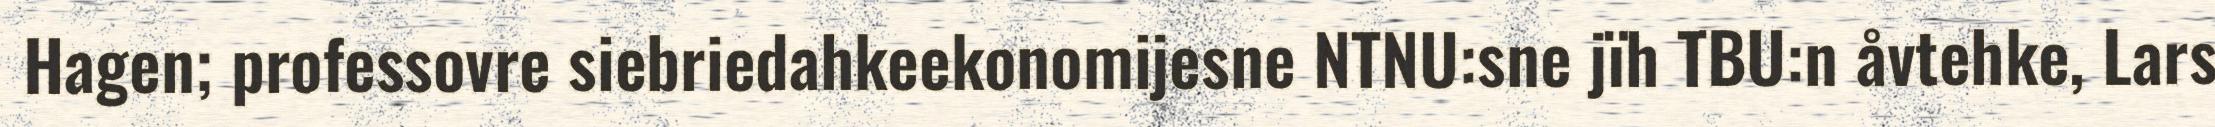
Hagen; professovre siebriedahkeekonomijesne NTNU:sne jïh TBU:n åvtehke, Lars